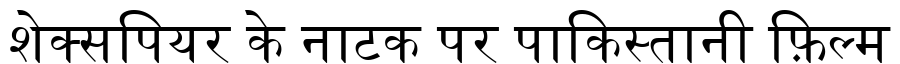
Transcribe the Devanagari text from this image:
शेक्सपियर के नाटक पर पाकिस्तानी फ़िल्म